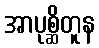
အာပုစ္ဆိတူန